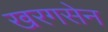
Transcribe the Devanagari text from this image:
खरगसेन